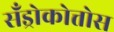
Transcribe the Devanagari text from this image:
सँड्रोकोत्तोस